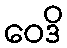
ဝေဒိ